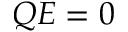
Q E = 0